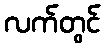
လက်တွင်